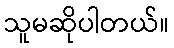
သူမဆိုပါတယ်။